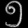
Digit: ၅